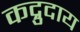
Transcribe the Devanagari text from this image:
कद्रुदाय